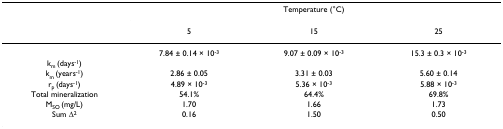
|  | <COLSPAN=3> Temperature (°C) |
 |  | 5 | 15 | 25 |
 | --- | --- | --- | --- |
 |  | 7.84 ± 0.14 × 10-3 | 9.07 ± 0.09 × 10-3 | 15.3 ± 0.3 × 10-3 |
 | km (days-1) |  |  |  |
 | km (years-1) | 2.86 ± 0.05 | 3.31 ± 0.03 | 5.60 ± 0.14 |
 | rp (days-1) | 4.89 × 10-3 | 5.36 × 10-3 | 5.88 × 10-3 |
 | Total mineralization | 54.1% | 64.4% | 69.8% |
 | MSO (mg/L) | 1.70 | 1.66 | 1.73 |
 | Sum Δ2 | 0.16 | 1.50 | 0.50 |